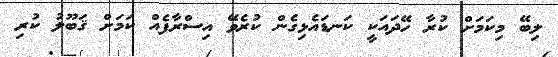
ލިބޭ މިކަމަށް ކުރާ ހޭދައަކީ ކަނޑައެޅިގެން ކުރެވޭ އިސްރާފެއް ކަމަށް ޤަބޫލު ކުރި